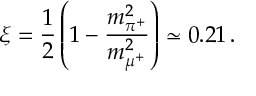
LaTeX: \xi = \frac { 1 } { 2 } \left( 1 - \frac { m _ { \pi ^ { + } } ^ { 2 } } { m _ { \mu ^ { + } } ^ { 2 } } \right) \simeq 0 . 2 1 \, .